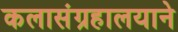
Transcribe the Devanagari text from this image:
कलासंग्रहालयाने